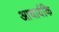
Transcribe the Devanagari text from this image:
आचार्यकि